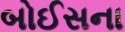
બોઈસના